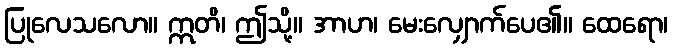
ပြုလေသလော။ ဣတိ၊ ဤသို့။ အာဟ၊ မေးလျှောက်ပေ၏။ ထေရော၊